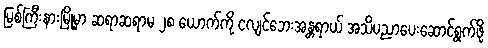
မြစ်ကြီးနားမြို့မှာ ဆရာဆရာမ ၂၈ ယောက်ကို ငလျင်ဘေးအန္တရာယ် အသိပညာပေးဆောင်ရွက်ဖို့